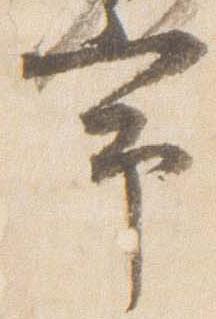
常